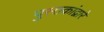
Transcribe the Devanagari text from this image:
पुस्तकांद्वारे